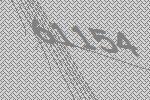
61154